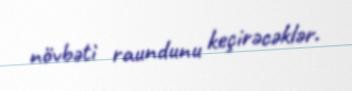
növbəti raundunu keçirəcəklər.